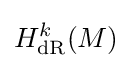
H_{\mathrm {dR} }^{k}(M)